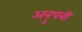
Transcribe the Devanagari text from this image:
अनुपत्री